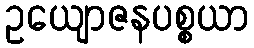
ဥယျောဇနပစ္စယာ